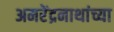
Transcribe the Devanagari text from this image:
अमरेंद्रनाथांच्या